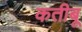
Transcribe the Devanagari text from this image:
कतीबू